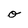
Character: o